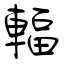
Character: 輻